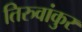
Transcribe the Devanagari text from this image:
तिरुवांकुर